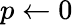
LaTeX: p\gets 0